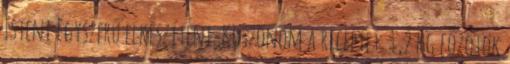
Isteni Egyszerű elkészíteni. Köszönöm a receptet. 1,2 kg főzőtök